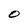
Character: O